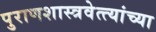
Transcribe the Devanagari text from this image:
पुराणशास्त्रवेत्त्यांच्या